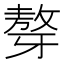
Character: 𤘒